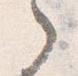
ゝ